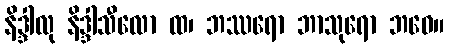
နိဒ္ဒါလု နိဒ္ဒါသီလော ထ၊ ဘဿရော ဘာသုရော ဘဝေ။